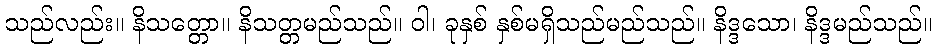
သည်လည်း။ နိသတ္တော။ နိသတ္တမည်သည်။ ဝါ၊ ခုနှစ် နှစ်မရှိသည်မည်သည်။ နိဒ္ဒသော၊ နိဒ္ဒမည်သည်။